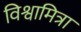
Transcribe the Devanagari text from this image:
विश्वामित्रा